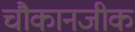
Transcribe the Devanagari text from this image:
चौकानजीक